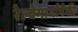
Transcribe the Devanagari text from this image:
रेल्वेमार्गांपैकी